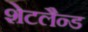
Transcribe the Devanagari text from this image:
शेटलैन्ड